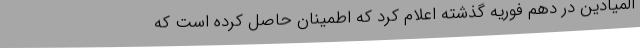
المیادین در دهم فوریه گذشته اعلام کرد که اطمینان حاصل کرده است که